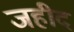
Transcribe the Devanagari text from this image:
जहीद